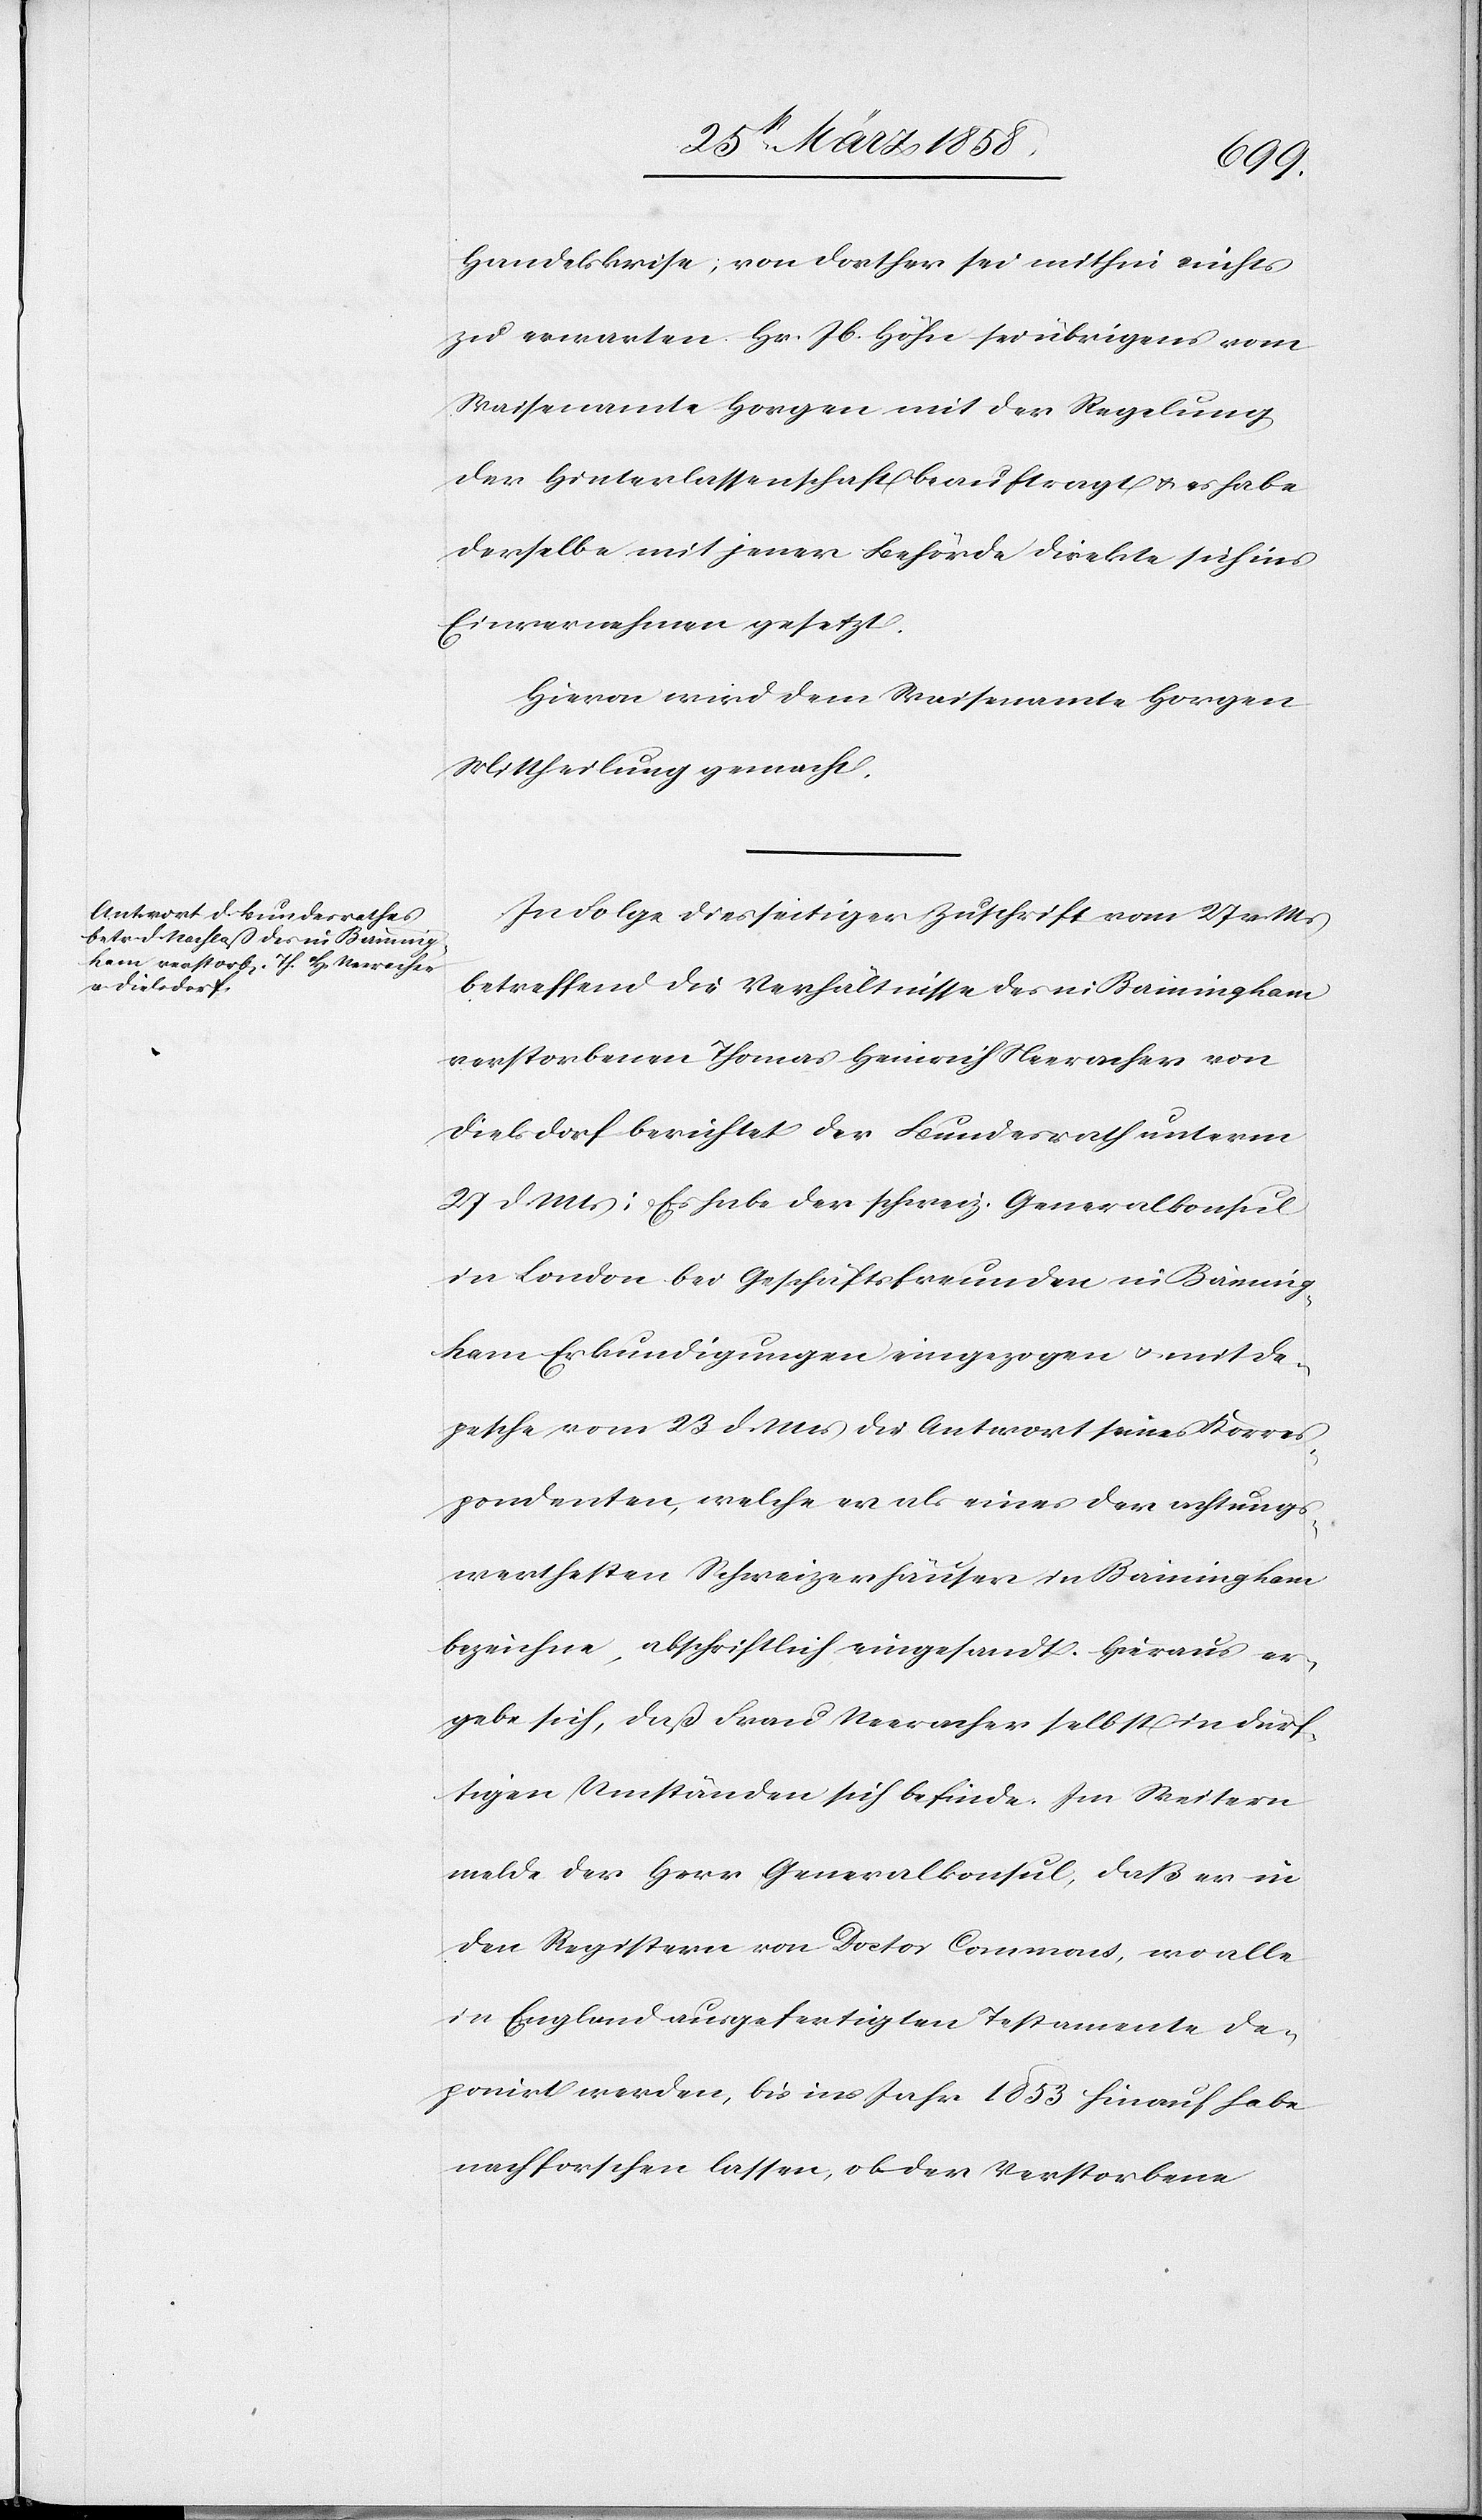
Ms.
Handelskreise; von dorther sei mithin nichts
zu erwarten[.] Hr. Jb. Höhn sei übrigens vom
Waisenamte Horgen mit der Regelung
der Hinterlassenschaft beauftragt u. es habe
derselbe mit jener Behörde direkte sich ins
Einvernehmen gesetzt.
Hievon wird dem Waisenamte Horgen
Mittheilung gemacht.
In Folge diesseitiger Zuschrift vom 27.
betreffend die Verhältnisse des in Birmingham
verstorbenen Thomas Heinrich Neeracher von
Dielsdorf berichtet der Bundesrath unterm
27. d. Mts: Es habe der schweiz. Generalkonsul
in London bei Geschäftsfreunden in Birming¬
ham Erkundigungen eingezogen u. mit De¬
pesche vom 23. d. Mts. die Antwort seines Korres¬
pondenten, welche er als eines der achtungs¬
werthesten Schweizerhäuser in Birmingham
bezeichne, abschriftlich eingesandt. Hieraus er¬
gebe sich, daß Frau Neeracher selbst in dürf¬
tigen Umständen sich befinde. Im Weitern
melde der Herrn Generalkonsul, daß er in
den Registern von Doctor Commons, wo alle
in England ausgefertigten Testamente de¬
ponirt werden, bis ins Jahr 1853 hinauf habe
nachforschen lassen, ob der Verstorbene